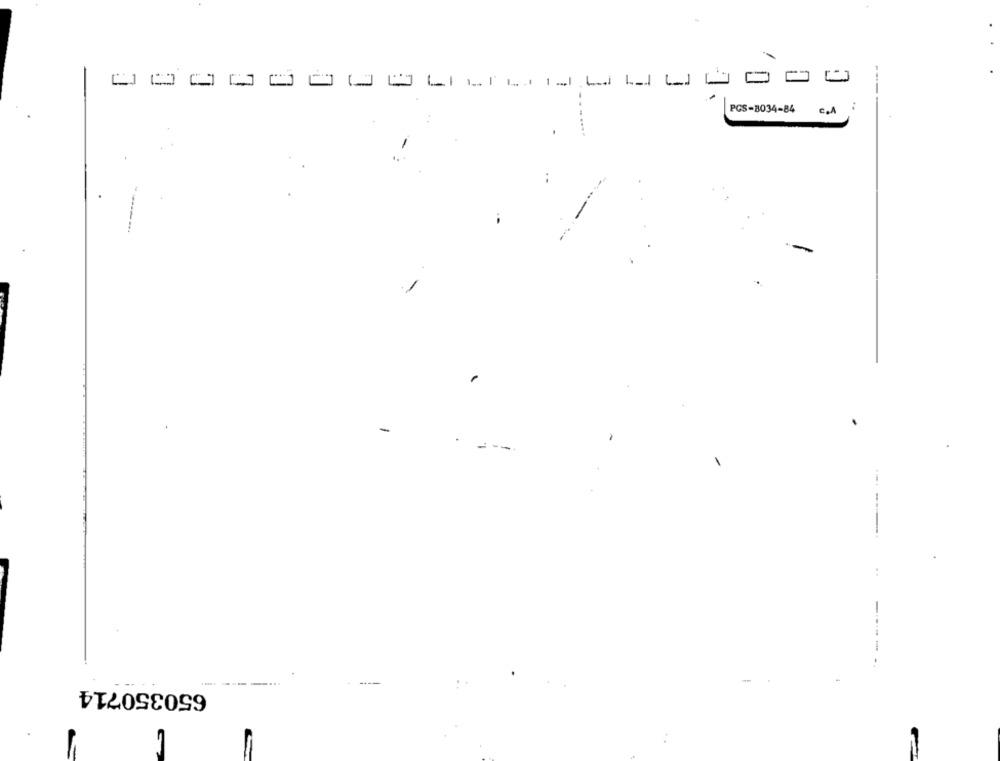
PCS-3034-84 C.A
-
650350714